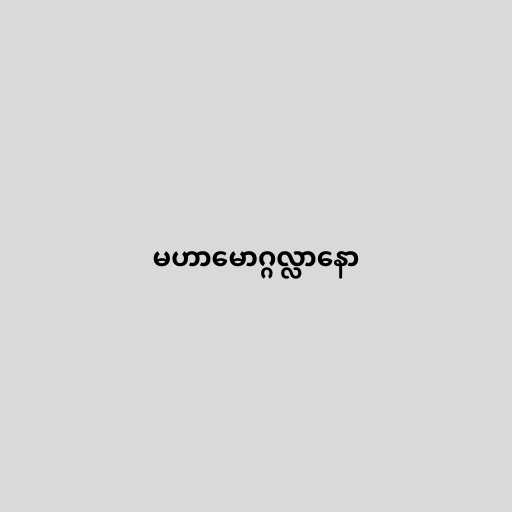
မဟာမောဂ္ဂလ္လာနော